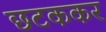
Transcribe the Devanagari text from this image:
छटककर